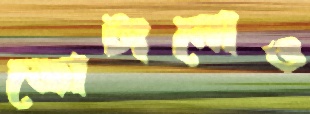
জোটানোও